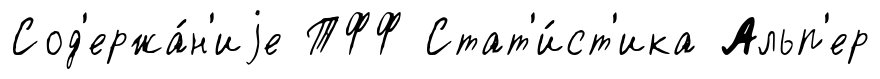
Сод'ержа́н'иjе ТФФ Стат'и́ст'ика Альп'ер